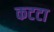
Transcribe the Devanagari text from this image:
कटटा